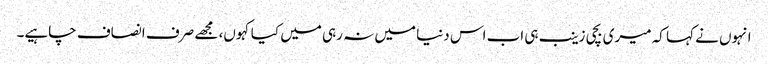
انہوں نے کہا کہ میری بچی زینب ہی اب اس دنیا میں نہ رہی میں کیا کہوں، مجھے صرف انصاف چاہیے۔